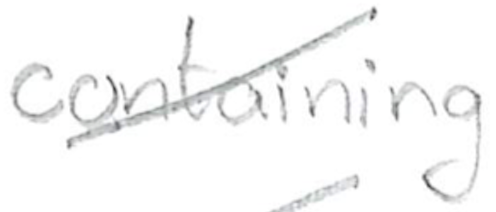
Text: containing
Cross-out: mix
Writing tool: pencil